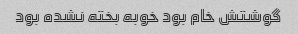
گوشتش خام بود خوبه بخته نشده بود